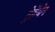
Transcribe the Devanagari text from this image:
ट्रेहेंबेन